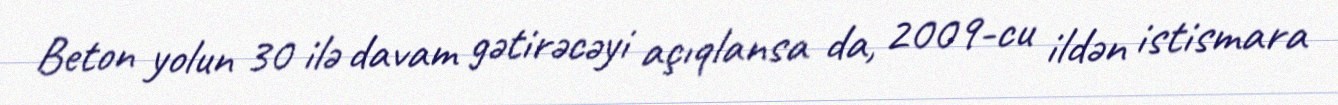
Beton yolun 30 ilə davam gətirəcəyi açıqlansa da, 2009-cu ildən istismara